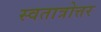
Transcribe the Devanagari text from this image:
स्वतात्रोत्तर